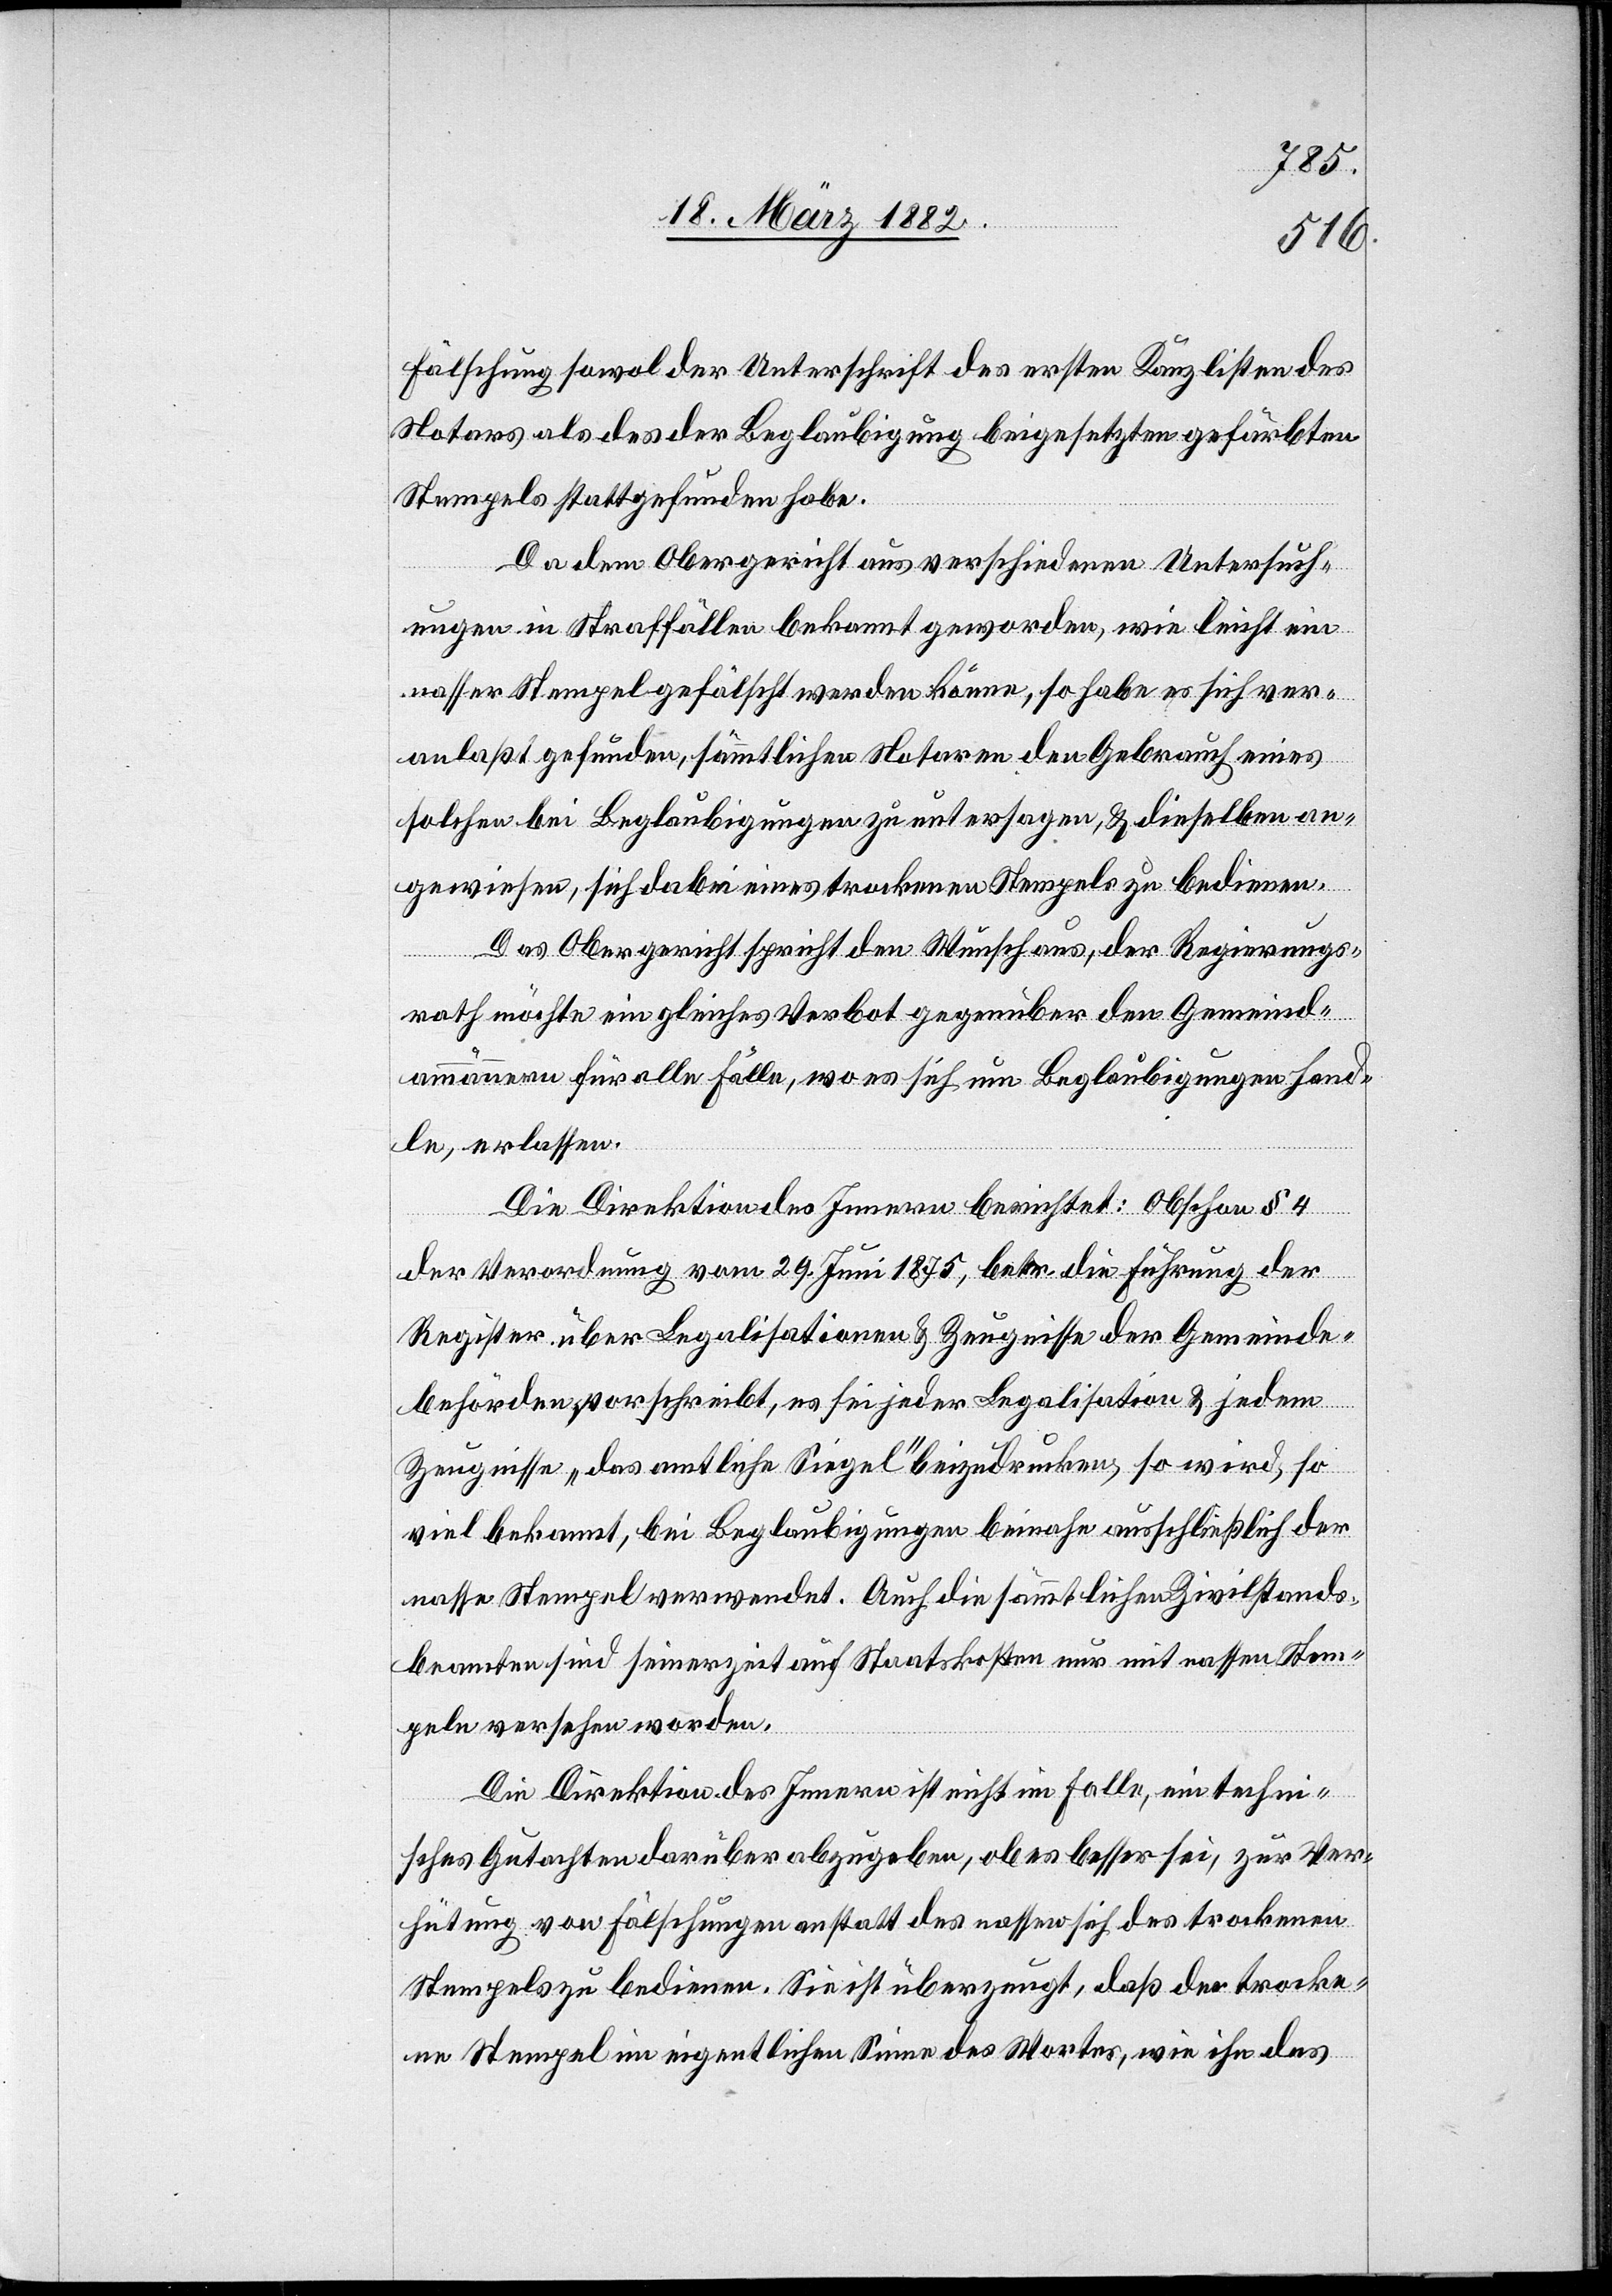
Fälschung sowol der Unterschrift des ersten Kanzlisten des
Notars als des der Beglaubigung beigesetzten gefärbten
Stempels stattgefunden habe.
Da dem Obergericht aus verschiedenen Untersuch¬
ungen in Straffällen bekannt geworden, wie leicht ein
nasser Stempel gefälscht werden könne, so habe es sich ver¬
anlaßt gefunden, sämmtlichen Notaren den Gebrauch eines
solchen bei Beglaubigungen zu untersagen, & dieselben an¬
gewiesen, sich dabei eines trockenen Stempels zu bedienen.
Das Obergericht spricht den Wunsch aus, der Regierungs¬
rath möchte ein gleiches Verbot gegenüber den Gemeinde¬
ammännern für alle Fälle, wo es sich um Beglaubigungen hand¬
le, erlassen.
Die Direktion des Innern berichtet: Obschon § 4
der Verordnung vom 29. Juni 1875, betr. die Führung der
Register über Legalisationen & Zeugnisse der Gemeinde¬
behörden vorschreibt, es sei jeder Legalisation & jedem
Zeugnisse, „das amtliche Siegel“ beizudrucken, so wird, so
viel bekannt, bei Beglaubigungen beinahe ausschließlich der
nasse Stempel verwendet. Auch die sämmtlichen Zivilstands¬
beamten sind seinerzeit auf Staatskosten nur mit nassen Stem¬
peln versehen worden.
Die Direktion des Innern ist nicht im Falle, ein techni¬
sches Gutachten darüber abzugeben, ob es besser sei, zur Ver¬
hütung von Fälschungen anstatt des nassen sich des trockenen
Stempels zu bedienen. Sie ist überzeugt, daß der trocke¬
ne Stempel im eigentlichen Sinne des Wortes, wie ihn das